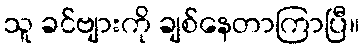
သူ ခင်ဗျားကို ချစ်နေတာကြာပြီ။